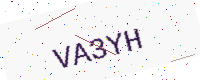
Text: VA3YH